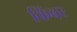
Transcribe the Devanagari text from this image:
किंबर